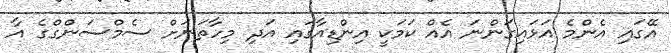
އޭގައި އެންމެ އަޅައިގަންނަ އެއް ކަމަކީ އިންޑިއާގައި އަދި މިހާތަނަށް ސެމްސަންގްގެ އާ